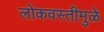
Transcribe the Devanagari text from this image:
लोकवस्तीमुळे